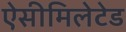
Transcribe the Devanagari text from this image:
ऐसीमिलेटेड